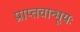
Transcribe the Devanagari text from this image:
प्राप्तवान्भूयः